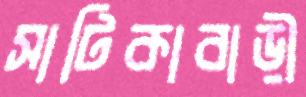
সাটিকাবাড়ী